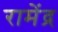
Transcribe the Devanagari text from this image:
रामेंद्र